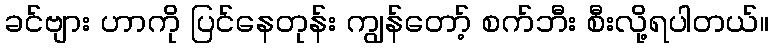
ခင်ဗျား ဟာကို ပြင်နေတုန်း ကျွန်တော့် စက်ဘီး စီးလို့ရပါတယ်။